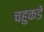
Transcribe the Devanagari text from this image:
चहुकडे